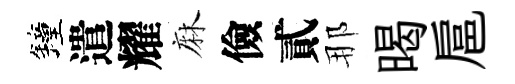
鐘遣耀麻儉貳那暍扈